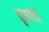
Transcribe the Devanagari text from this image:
तृणांची